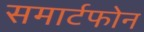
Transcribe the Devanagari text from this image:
समार्टफोन